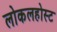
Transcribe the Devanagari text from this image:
लोकलहोस्ट